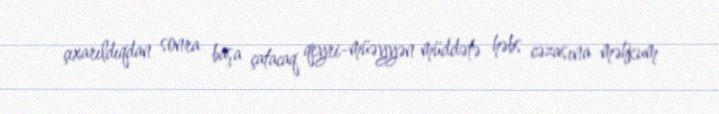
çıxarıldıqdan sonra başa çatacaq qeyri-müəyyən müddətə həbs cəzasına məhkum